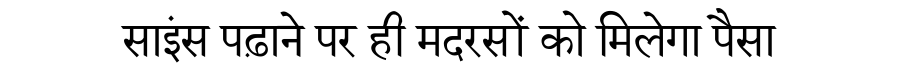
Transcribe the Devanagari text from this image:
साइंस पढ़ाने पर ही मदरसों को मिलेगा पैसा